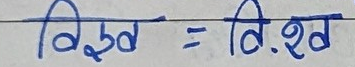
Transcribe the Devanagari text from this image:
विस्तद = वि.शद